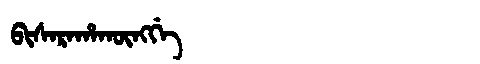
Manchu: ᠪᡳᠰᠠᡵᠠᡥᠠᡴᡡᠩᡤᡝ
Romanization: BISARAHAKŪNGGE